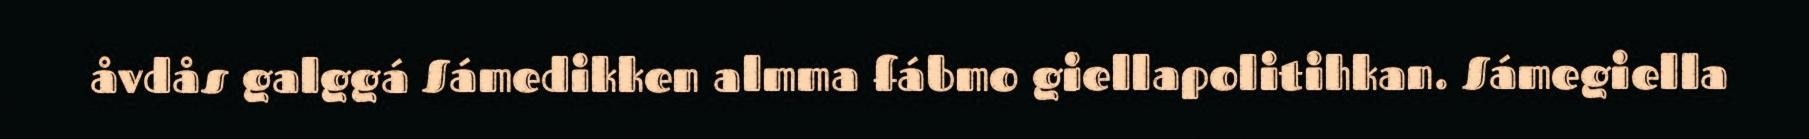
åvdås galggá Sámedikken almma fábmo giellapolitihkan. Sámegiella